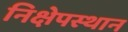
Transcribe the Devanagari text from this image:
निक्षेपस्थान